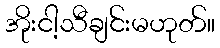
အိုးငါ့သီချင်းမဟုတ်။